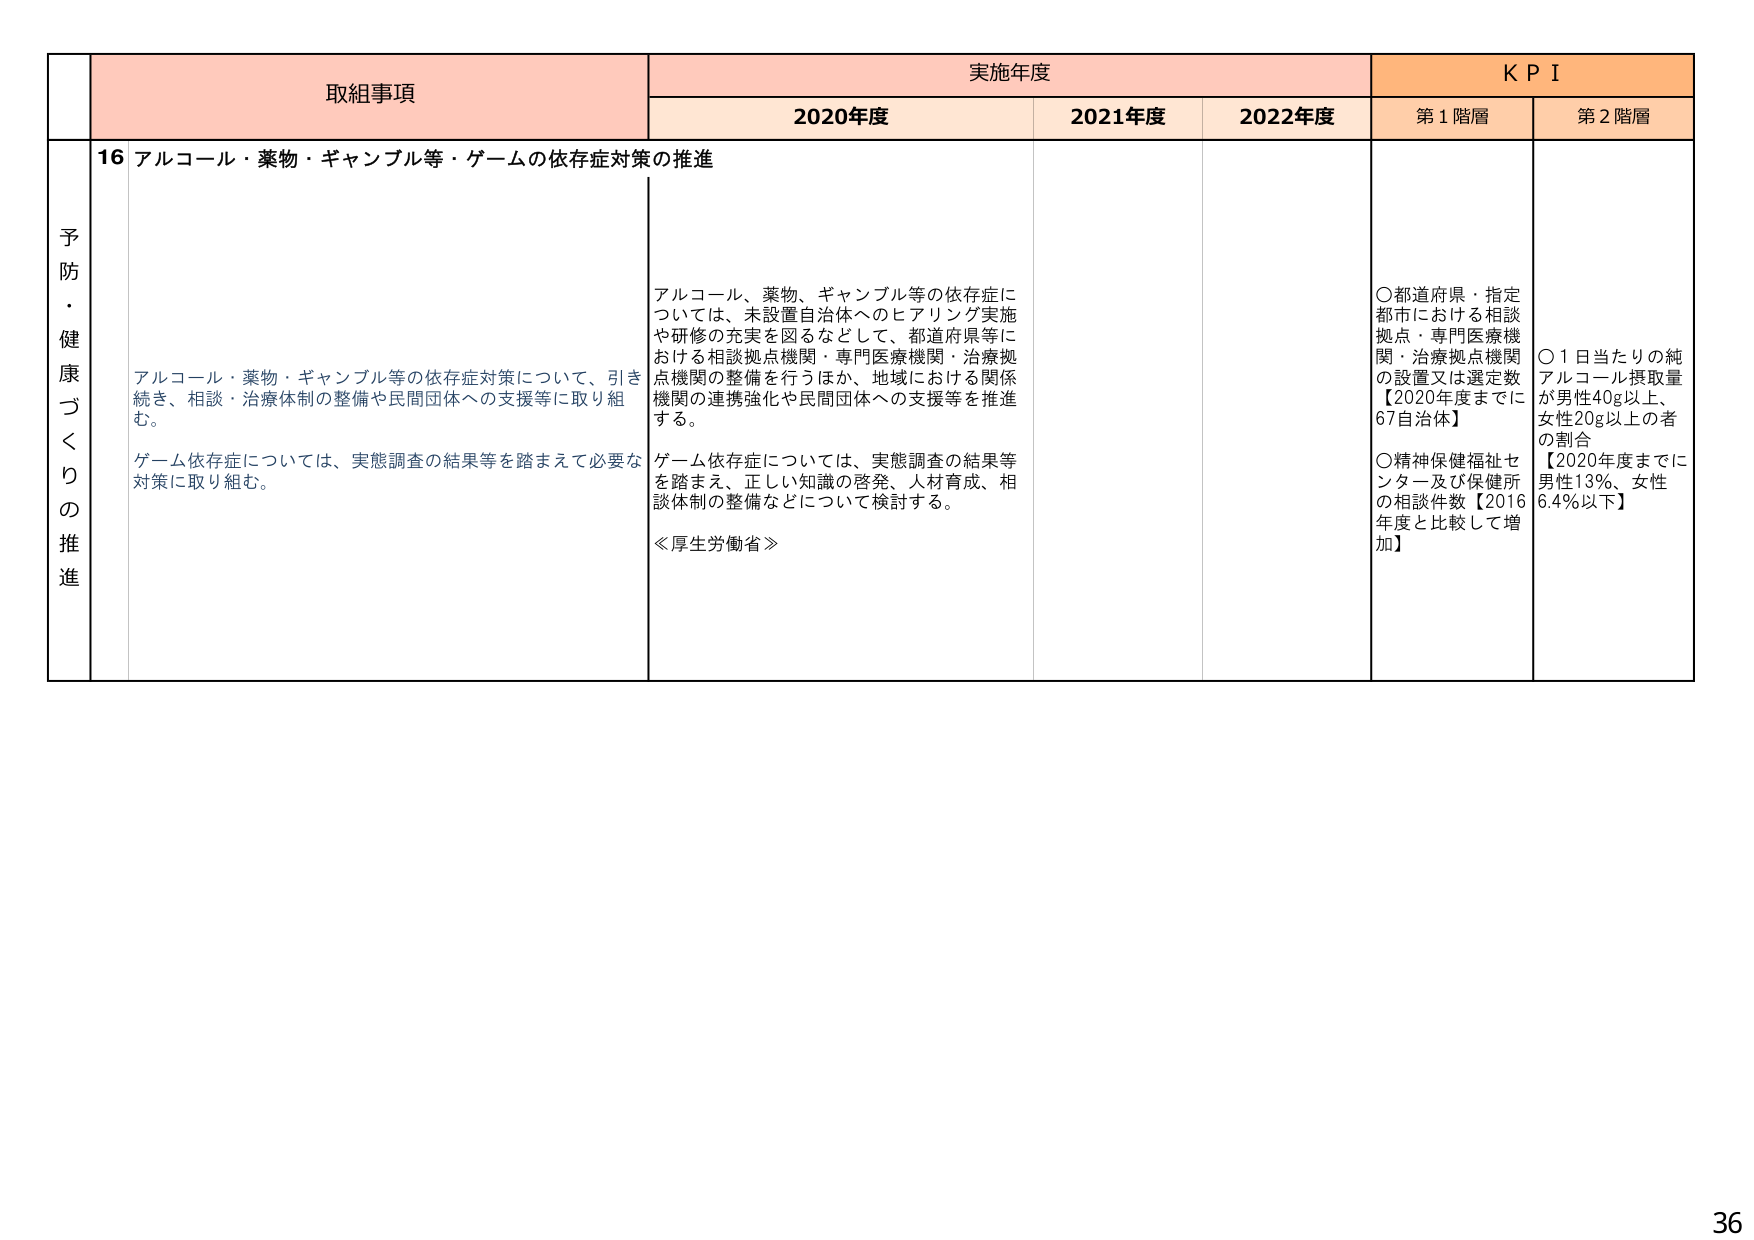
予防・健康づくりの推進

取組事項
16 アルコール・薬物・ギャンブル等・ゲームの依存症対策の推進

アルコール・薬物・ギャンブル等の依存症対策について、引き続き、相談・治療体制の整備や民間団体への支援等に取り組む。

ゲーム依存症については、実態調査の結果等を踏まえて必要な対策に取り組む。

実施年度
2020年度
アルコール、薬物、ギャンブル等の依存症については、未設置自治体へのヒアリング実施や研修の充実を図るなどして、都道府県等における相談拠点機関・専門医療機関・治療拠点機関の整備を行うほか、地域における関係機関の連携強化や民間団体への支援等を推進する。

ゲーム依存症については、実態調査の結果等を踏まえ、正しい知識の啓発、人材育成、相談体制の整備などについて検討する。

≪厚生労働省≫

2021年度

2022年度

KPI
第1階層
○都道府県・指定都市における相談拠点・専門医療機関・治療拠点機関の設置又は選定数【2020年度までに67自治体】
○精神保健福祉センター及び保健所の相談件数【2016年度と比較して増加】

第2階層
○1日当たりの純アルコール摂取量が男性40g以上、女性20g以上の者の割合【2020年度までに男性13％、女性6.4％以下】

36